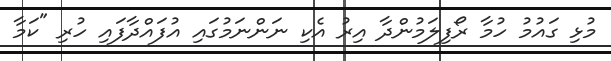
މުޅި ގައުމު ހުމާ ރޯފިލަމުންދާ އިރު އެކި ނަންނަމުގައި އުފައްދާފައި ހުރި "ކަމާ